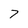
Character: 7